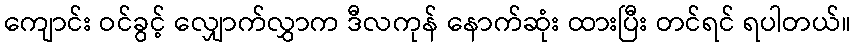
ကျောင်း ဝင်ခွင့် လျှောက်လွှာက ဒီလကုန် နောက်ဆုံး ထားပြီး တင်ရင် ရပါတယ်။